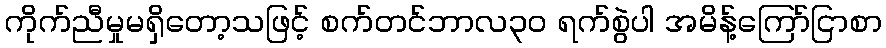
ကိုက်ညီမှုမရှိတော့သဖြင့် စက်တင်ဘာလ၃၀ ရက်စွဲပါ အမိန့်ကြော်ငြာစာ